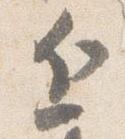
近